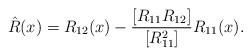
LaTeX: \begin{align*}\hat{R}(x)=R_{12}(x)-\frac{[R_{11}R_{12}]}{[R_{11}^2]}R_{11}(x).\end{align*}